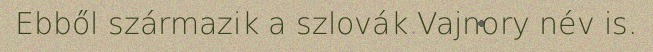
Ebből származik a szlovák Vajnory név is.